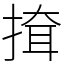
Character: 𢱕